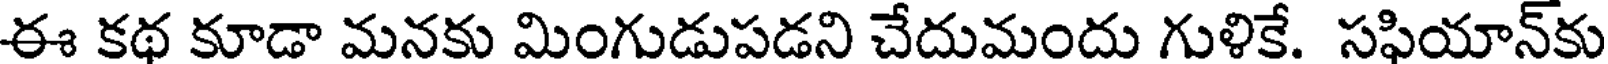
ఈ కథ కూడా మనకు మింగుడుపడని చేదుమందు గుళికే. సఫియాన్కు